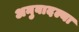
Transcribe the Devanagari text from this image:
अनुवादल्या